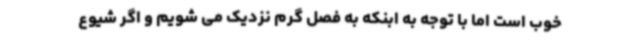
خوب است اما با توجه به ابنکه به فصل گرم نزدیک می شویم و اگر شیوع